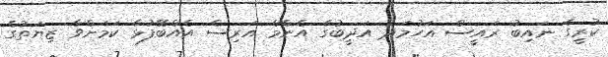
ކުރީގެ ނައިބު ރައީސް އަހުމަދު އަދީބުގެ އެންމެ އަރިސް އެއްބޭފުޅާ ކަމަށްވާ ޒިޔަތުގެ